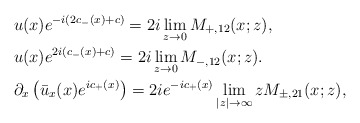
\begin{align*}&u(x)e^{-i(2c_-(x)+c)}=2 i\lim _{z\rightarrow 0}M_{+,12}(x;z),\\&u(x)e^{2i(c_-(x)+c)}=2 i\lim _{z\rightarrow 0}M_{-,12}(x;z).\\&\partial_x\left(\bar{u}_x(x) e^{ic_+(x)}\right)=2 i e^{-ic_+(x)} \lim _{|z|\rightarrow \infty}z M_{\pm,21}(x;z),\end{align*}